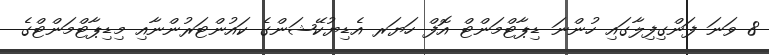
8 ވަނަ ފަންގިފިލާގައި ހުންނަ ޑިޕާޓްމަންޓް އޮފް ހަޔަރ އެޑިޔުކޭޝަންގެ ކައުންޓަރުންނާއި މިޑިޕާޓްމަންޓްގެ